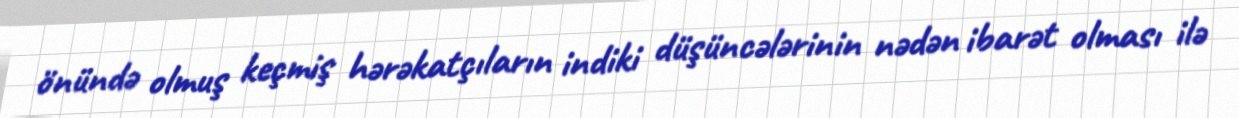
önündə olmuş keçmiş hərəkatçıların indiki düşüncələrinin nədən ibarət olması ilə